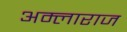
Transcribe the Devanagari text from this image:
अम्लाराज